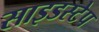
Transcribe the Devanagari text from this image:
साइडस्टेप